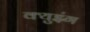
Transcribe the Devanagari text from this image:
क्युइंग